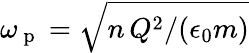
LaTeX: \omega_{\mathrm{~p~}}=\sqrt{n\, Q^{2}/(\epsilon_{0}m)}